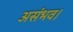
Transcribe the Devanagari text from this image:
असंभव।